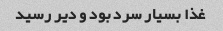
غذا بسیار سرد بود و دیر رسید